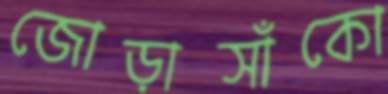
জোড়াসাঁকো